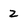
Character: 2